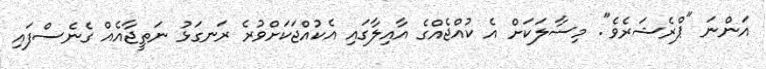
އަންނަ "ޕްރެޝަރެވެ". މިސާލަކަށް އެ ކުއްޖެއްގެ އާއިލާގައި އެކުއްޖަކަށްވުރެ ރަނގަޅު ނަތީޖާއެއް ގެނެސްފައި